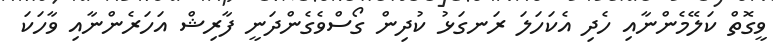
ވީގޮތް ކަލޭމެންނާއި ހެދި އެކަހަލަ ރަނގަޅު ކުދިން ގޯސްވެގެންދަނީ ފާރިޝް އަހަރެންނާއި ވާހަކަ